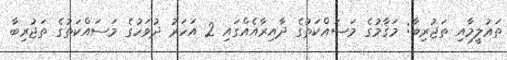
ތަޢުލީމާއި ތަޖުރިބާ: މަޤާމުގެ މަސައްކަތުގެ ދާއިރާއެއްގައި 2 އަހަރު ދުވަހުގެ މަސައްކަތުގެ ތަޖުރިބާ